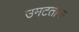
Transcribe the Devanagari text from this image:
उमटताना